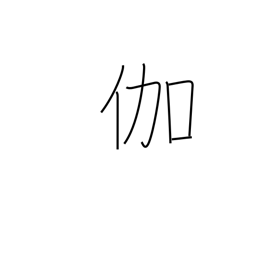
Meaning: nursing